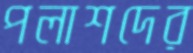
পলাশদের